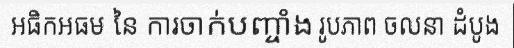
អធិកអធម នៃ ការចាក់បញ្ចាំង រូបភាព ចលនា ដំបូង